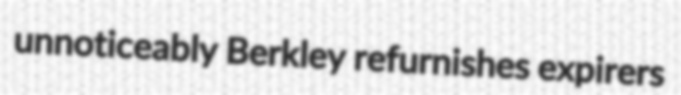
unnoticeably Berkley refurnishes expirers